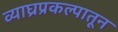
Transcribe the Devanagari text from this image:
व्याघ्रप्रकल्पातून